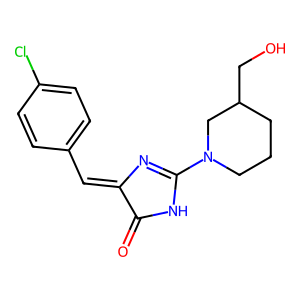
SMILES: O=C1NC(N2CCCC(CO)C2)=NC1=Cc1ccc(Cl)cc1
Inhibits HIV replication: No